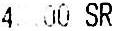
4.00 SR